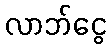
လာဘ်ငွေ